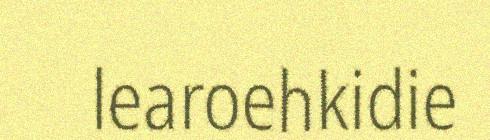
learoehkidie